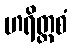
ဟရိတ္တစံ